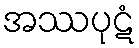
အဿပုဋံ